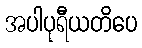
အပါပုရီယတိပေ